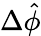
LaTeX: \Delta\hat{\phi}